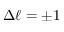
\Delta \ell = \pm 1